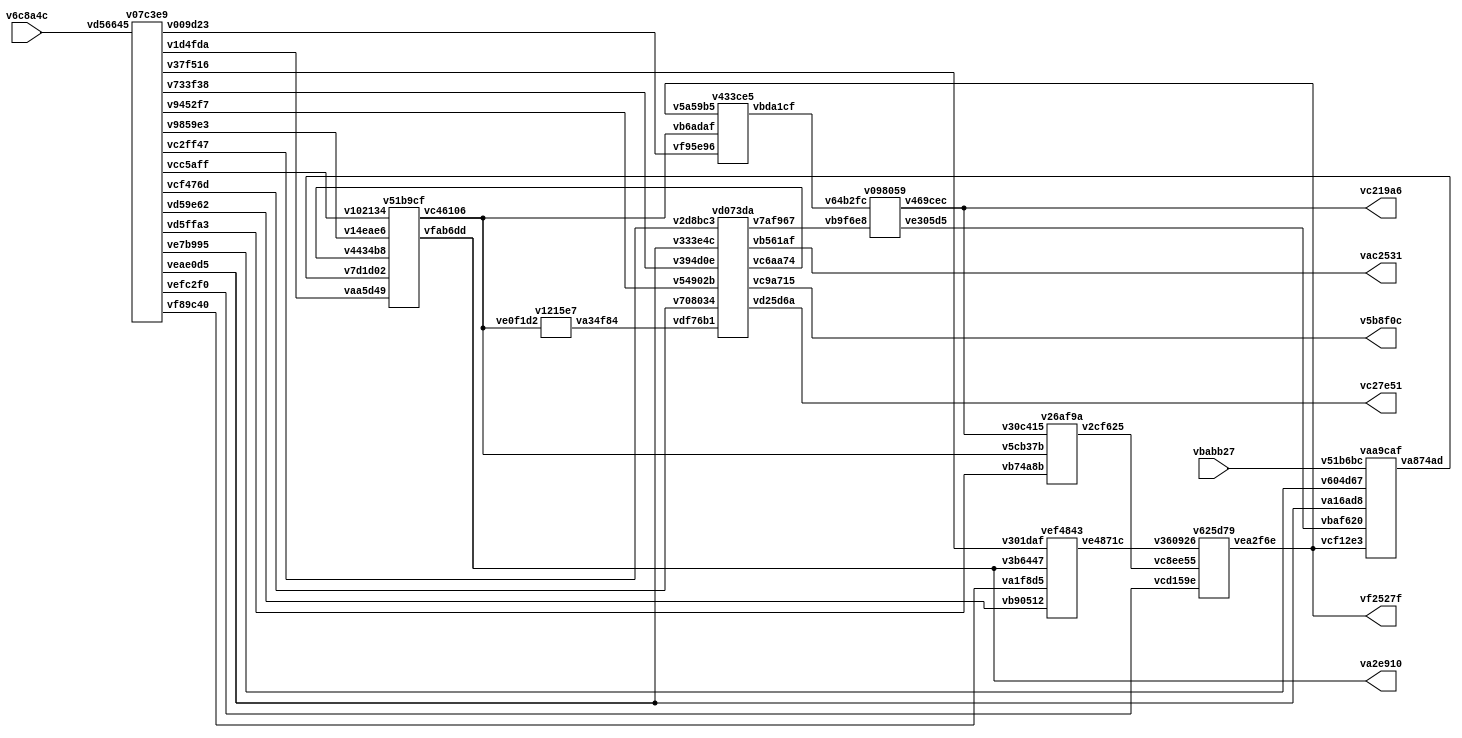
// Code generated by Icestudio 0.10

`default_nettype none

//---- Top entity
module main (
 input [31:0] vbabb27,
 input [31:0] v6c8a4c,
 output [25:0] vc219a6,
 output [31:0] vf2527f,
 output [31:0] va2e910,
 output vc27e51,
 output vac2531,
 output v5b8f0c
);
 wire w0;
 wire w1;
 wire w2;
 wire w3;
 wire w4;
 wire w5;
 wire [0:5] w6;
 wire [0:5] w7;
 wire [0:5] w8;
 wire [0:5] w9;
 wire w10;
 wire w11;
 wire [0:31] w12;
 wire [0:31] w13;
 wire [0:31] w14;
 wire [0:31] w15;
 wire w16;
 wire [0:31] w17;
 wire [0:25] w18;
 wire w19;
 wire w20;
 wire [0:31] w21;
 wire [0:25] w22;
 wire [0:31] w23;
 wire w24;
 wire w25;
 wire w26;
 wire w27;
 wire [0:25] w28;
 wire [0:31] w29;
 wire [0:31] w30;
 wire w31;
 wire [0:31] w32;
 wire [0:25] w33;
 wire [0:31] w34;
 wire [0:31] w35;
 wire [0:25] w36;
 wire [0:31] w37;
 wire w38;
 assign w12 = vbabb27;
 assign vc219a6 = w22;
 assign w23 = v6c8a4c;
 assign vc27e51 = w25;
 assign vac2531 = w26;
 assign v5b8f0c = w27;
 assign vf2527f = w32;
 assign va2e910 = w34;
 assign w11 = w1;
 assign w29 = w13;
 assign w30 = w15;
 assign w32 = w13;
 assign w32 = w29;
 assign w34 = w17;
 assign w35 = w15;
 assign w35 = w30;
 assign w36 = w22;
 v07c3e9 vc2f165 (
  .v9452f7(w0),
  .veae0d5(w1),
  .v733f38(w2),
  .vcf476d(w3),
  .vc2ff47(w4),
  .vefc2f0(w6),
  .v1d4fda(w7),
  .vcc5aff(w8),
  .v9859e3(w9),
  .ve7b995(w10),
  .vd59e62(w18),
  .vf89c40(w19),
  .v37f516(w20),
  .vd56645(w23),
  .v009d23(w31),
  .vd5ffa3(w38)
 );
 v098059 v44d510 (
  .vb9f6e8(w5),
  .v469cec(w22),
  .v64b2fc(w28),
  .ve305d5(w33)
 );
 vd073da v710b38 (
  .v54902b(w0),
  .v333e4c(w1),
  .v394d0e(w2),
  .v708034(w3),
  .v2d8bc3(w4),
  .v7af967(w5),
  .vdf76b1(w16),
  .vc6aa74(w24),
  .vd25d6a(w25),
  .vb561af(w26),
  .vc9a715(w27)
 );
 v51b9cf v9b2244 (
  .vaa5d49(w7),
  .v102134(w8),
  .v14eae6(w9),
  .v7d1d02(w14),
  .vc46106(w15),
  .vfab6dd(w17),
  .v4434b8(w24)
 );
 v625d79 vab0f0a (
  .vcd159e(w6),
  .vea2f6e(w13),
  .v360926(w21),
  .vc8ee55(w37)
 );
 vaa9caf v0ca40e (
  .v604d67(w10),
  .va16ad8(w11),
  .v51b6bc(w12),
  .vcf12e3(w13),
  .va874ad(w14),
  .vbaf620(w33)
 );
 v1215e7 v64a763 (
  .ve0f1d2(w15),
  .va34f84(w16)
 );
 vef4843 v19f6e3 (
  .v3b6447(w17),
  .vb90512(w18),
  .va1f8d5(w19),
  .v301daf(w20),
  .ve4871c(w21)
 );
 v433ce5 v059689 (
  .vbda1cf(w28),
  .v5a59b5(w29),
  .vb6adaf(w30),
  .vf95e96(w31)
 );
 v26af9a v1647fe (
  .v5cb37b(w35),
  .v30c415(w36),
  .v2cf625(w37),
  .vb74a8b(w38)
 );
endmodule

//---- Top entity
module v07c3e9 (
 input [31:0] vd56645,
 output [5:0] v1d4fda,
 output [5:0] vcc5aff,
 output [5:0] v9859e3,
 output [25:0] vd59e62,
 output vf89c40,
 output v37f516,
 output [5:0] vefc2f0,
 output ve7b995,
 output vd5ffa3,
 output v9452f7,
 output veae0d5,
 output v733f38,
 output vcf476d,
 output vc2ff47,
 output v009d23
);

endmodule

//---------------------------------------------------
//-- Instruktionsdekodierer
//-- - - - - - - - - - - - - - - - - - - - - - - - --
//-- 
//---------------------------------------------------
//---- Top entity
module v098059 (
 input [25:0] v64b2fc,
 input vb9f6e8,
 output [25:0] v469cec,
 output [25:0] ve305d5
);

endmodule

//---------------------------------------------------
//-- Programmzhler
//-- - - - - - - - - - - - - - - - - - - - - - - - --
//-- 
//---------------------------------------------------
//---- Top entity
module vd073da (
 input vdf76b1,
 input v54902b,
 input v333e4c,
 input v394d0e,
 input v708034,
 input v2d8bc3,
 output vc6aa74,
 output vd25d6a,
 output vb561af,
 output vc9a715,
 output v7af967
);

endmodule

//---------------------------------------------------
//-- Steuerung
//-- - - - - - - - - - - - - - - - - - - - - - - - --
//-- 
//---------------------------------------------------
//---- Top entity
module v51b9cf (
 input [31:0] v7d1d02,
 input [5:0] vaa5d49,
 input [5:0] v102134,
 input [5:0] v14eae6,
 input v4434b8,
 output [31:0] vc46106,
 output [31:0] vfab6dd
);

endmodule

//---------------------------------------------------
//-- Register
//-- - - - - - - - - - - - - - - - - - - - - - - - --
//-- 
//---------------------------------------------------
//---- Top entity
module v625d79 (
 input [31:0] vc8ee55,
 input [31:0] v360926,
 input [5:0] vcd159e,
 output [31:0] vea2f6e
);

endmodule

//---------------------------------------------------
//-- ALU
//-- - - - - - - - - - - - - - - - - - - - - - - - --
//-- 
//---------------------------------------------------
//---- Top entity
module vaa9caf (
 input [31:0] vcf12e3,
 input [25:0] vbaf620,
 input [31:0] v51b6bc,
 input v604d67,
 input va16ad8,
 output [31:0] va874ad
);

endmodule

//---------------------------------------------------
//-- Multiplexer1
//-- - - - - - - - - - - - - - - - - - - - - - - - --
//-- Multiplext Datan von der ALU, vom RAM und vom Immediate Operand
//---------------------------------------------------
//---- Top entity
module v1215e7 (
 input [31:0] ve0f1d2,
 output va34f84
);

endmodule

//---------------------------------------------------
//-- ErstesBit
//-- - - - - - - - - - - - - - - - - - - - - - - - --
//-- Gibt das erste (= niedrigste) Bit weiter
//---------------------------------------------------
//---- Top entity
module vef4843 (
 input [31:0] v3b6447,
 input [25:0] vb90512,
 input va1f8d5,
 input v301daf,
 output [31:0] ve4871c
);

endmodule

//---------------------------------------------------
//-- Multiplexer2
//-- - - - - - - - - - - - - - - - - - - - - - - - --
//-- Multiplext die mglichen ALU Eingnge (Register, kleiner und groer Immediate)
//---------------------------------------------------
//---- Top entity
module v433ce5 (
 input [31:0] v5a59b5,
 input [31:0] vb6adaf,
 input vf95e96,
 output [25:0] vbda1cf
);

endmodule

//---------------------------------------------------
//-- Multiplexer3
//-- - - - - - - - - - - - - - - - - - - - - - - - --
//-- Multiplext relative und absolute neue PCs. Die Bits 31 bis 26 werden ignoriert
//---------------------------------------------------
//---- Top entity
module v26af9a (
 input [25:0] v30c415,
 input [31:0] v5cb37b,
 input vb74a8b,
 output [31:0] v2cf625
);

endmodule

//---------------------------------------------------
//-- Multiplexer4
//-- - - - - - - - - - - - - - - - - - - - - - - - --
//-- Multiplext den aktuellen PC mit den Quelldaten2
//---------------------------------------------------